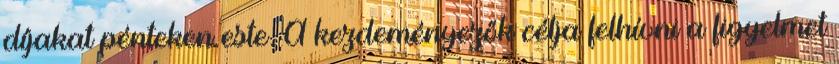
díjakat pénteken este. A kezdeményezők célja felhívni a figyelmet